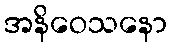
အနိဝေသနော